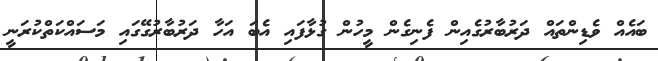
ބައެއް ވެޑިންތައް ދަރުބާރުގެއިން ފެނިގެން މީހުން ގުޅާފައި އެބަ އަހާ ދަރުބާރުގޭގައި މަސައްކަތްކުރަނީ